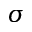
\sigma